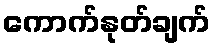
ကောက်နုတ်ချက်